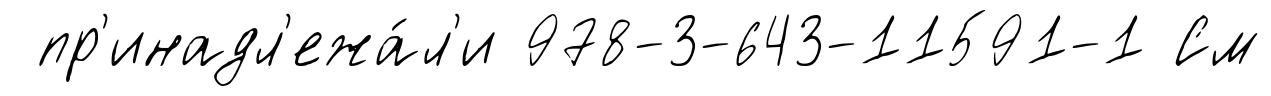
пр'инадл'ежа́л'и 978-3-643-11591-1 См